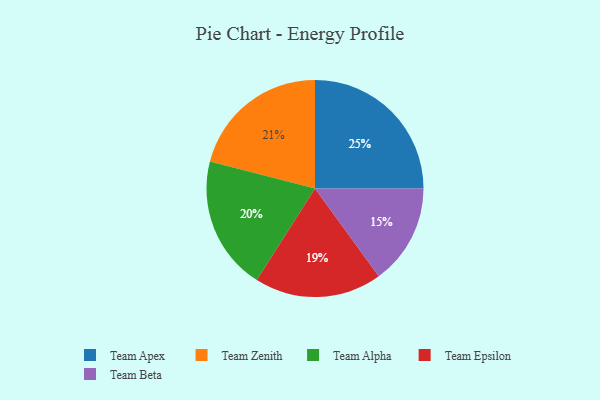
{"axis": {"x": "Category", "y": "Percentage"}, "legend": ["Team Alpha", "Team Apex", "Team Beta", "Team Epsilon", "Team Zenith"], "data": [{"x": "Team Apex", "y": 25, "type": "Team Apex"}, {"x": "Team Beta", "y": 15, "type": "Team Beta"}, {"x": "Team Epsilon", "y": 19, "type": "Team Epsilon"}, {"x": "Team Zenith", "y": 21, "type": "Team Zenith"}, {"x": "Team Alpha", "y": 20, "type": "Team Alpha"}]}